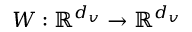
W : \mathbb { R } ^ { d _ { v } } \rightarrow \mathbb { R } ^ { d _ { v } }